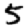
Digit: 5